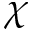
\chi